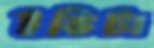
ইভিটা